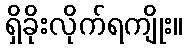
ရှိခိုးလိုက်ရကျိုး။